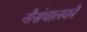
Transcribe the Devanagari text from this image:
नौसंचालकों